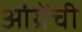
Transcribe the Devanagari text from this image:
आंग्रेंची